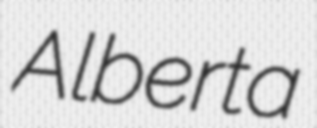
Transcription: Alberta